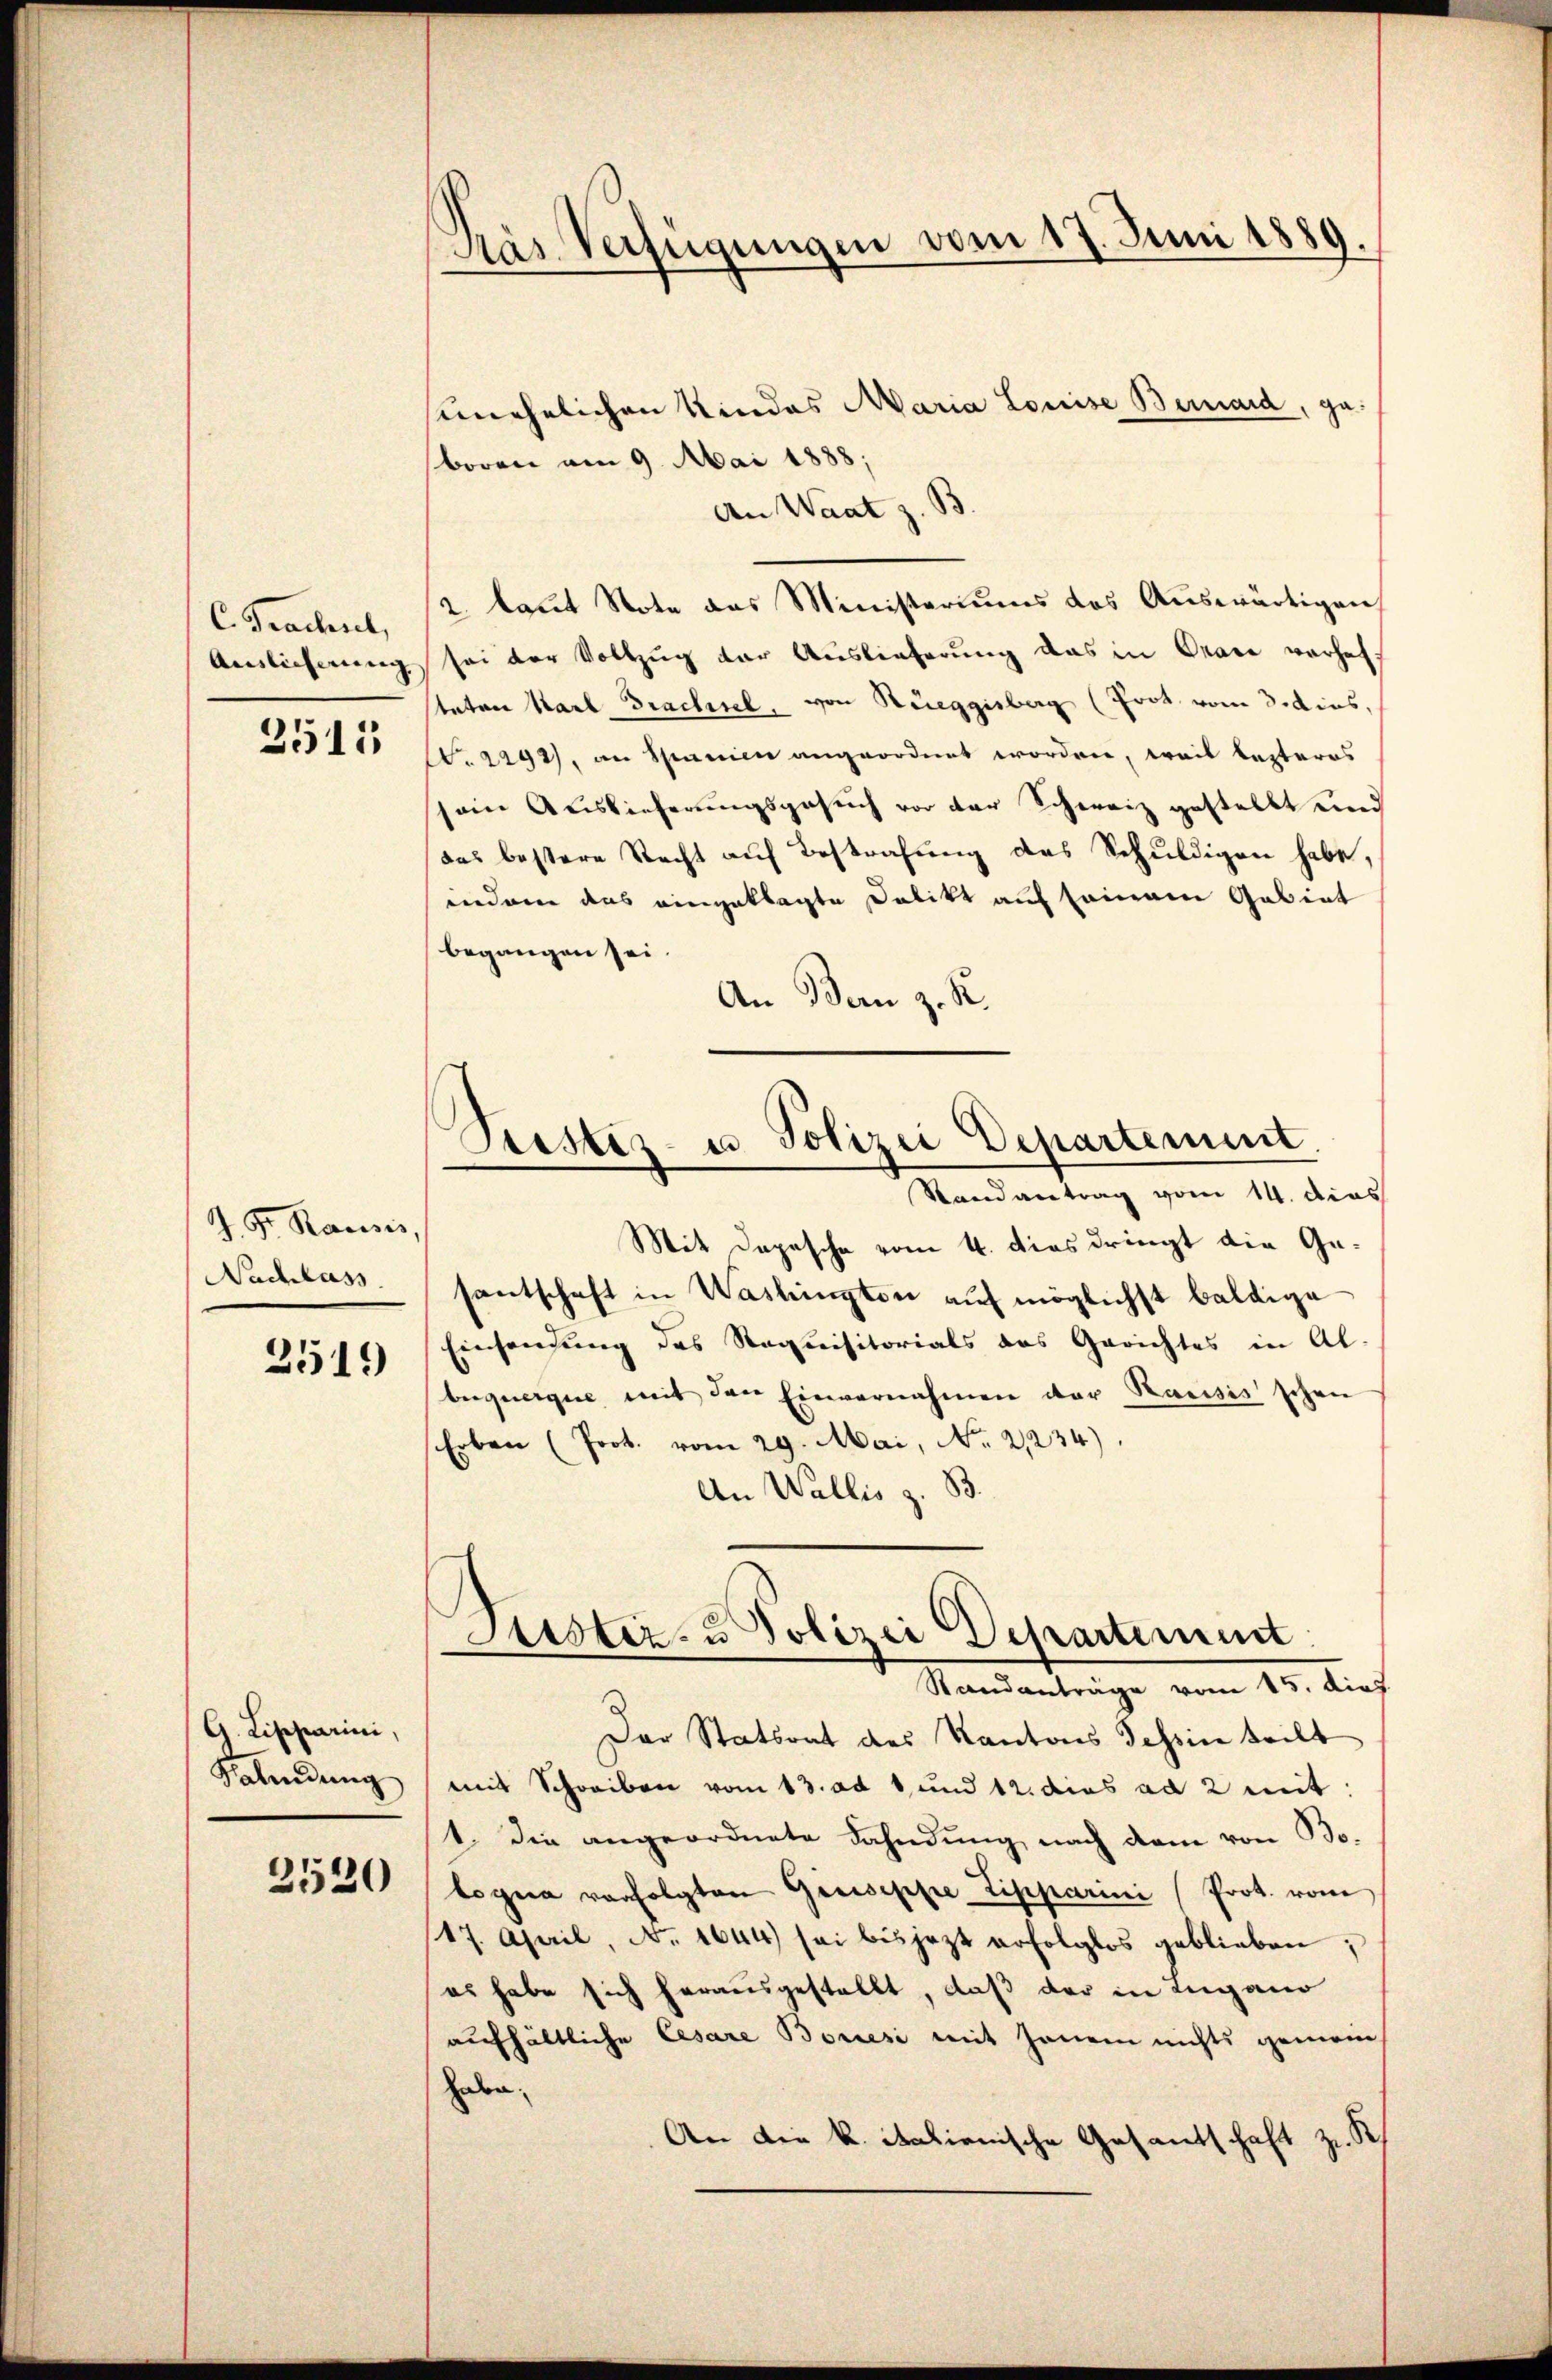
C. Frachen,

3511

J. P. Rausis,
Nachlass

2519)

A. Liseparini,
Kalendung

2520

Pás. Verfügungen vom 17. Juni 1889.

unehelichen Kindes Maria Louise Bernard, geboren am 9. Mai 1888;
An Waat z. B
2 laut Note das Ministeriums das Auswärtigen
Auslieferung sei der Vollzug der Auslieferung das in Orare verhafstaten Karl Brachsel, von Rüeggisberg (Frot vom 3. dies,
A. 2292), an Spanien angeordnet worden, weil lezteres
sein Auslieferungsgesuch vor der Schweiz gestellt und
das bestere Recht auf Bestrafung des Schuldigen habe,
indem das eingeklagte Delikt auf seinem Gebiet
begangen sei.
An Bern z. R.
Prester- u Polizei Departement
Randantrag vom 14. dies
Mit Depesche vom 4. dies dringt die Gesantschaft in Washington auf möglichst baldige
Einsendung des Requisitorials das Gerichtes in Al.
bequerque mit den Einvernahmen der Rausis schon
Erben (Prot. vom 29. Mai, No. 21234).
An Wallis z. B.

Der Statsrat des Kantons Tessin teilt
mit Schreiben vom 13. ad 1, und 12. dies ad 2 mit:
1. Die angeordnete Fahndung nach dann von Bo
togna verfolgten Giriseppe Lipparini (Prot. vom
17. April, No. 1644) sei bis jezt erfolglos geblieben:
es habe sich herausgestellt, daß der in Lugano
aufhältliche Cesare Boresi mit jenem nichts gemein
Haben.
An die k. italienische Gesantschaft zu R

Justiz- u Polizei Departement
Standanträge vom 15. dies